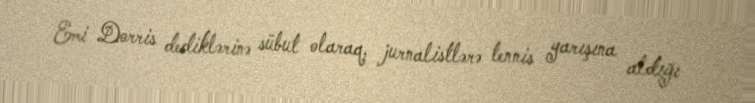
Emi Dorris dediklərinə sübut olaraq, jurnalistlərə tennis yarışına aldığı